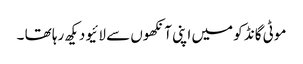
موٹی گانڈ کو میں اپنی آنکھوں سے لائیو دیکھ رہا تھا ۔